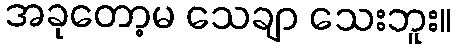
အခုတော့မ သေချာ သေးဘူး။